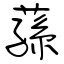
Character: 蓀